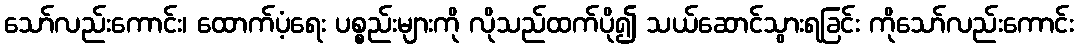
သော်လည်းကောင်း၊ ထောက်ပံ့ရေး ပစ္စည်းများကို လိုသည်ထက်ပို၍ သယ်ဆောင်သွားရခြင်း ကိုသော်လည်းကောင်း